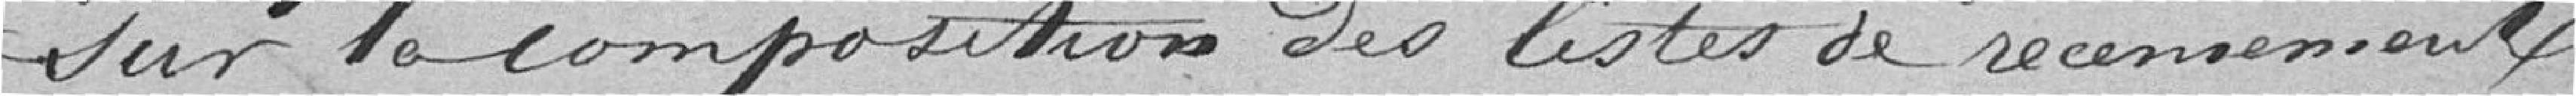
sur la composition des listes de recensement